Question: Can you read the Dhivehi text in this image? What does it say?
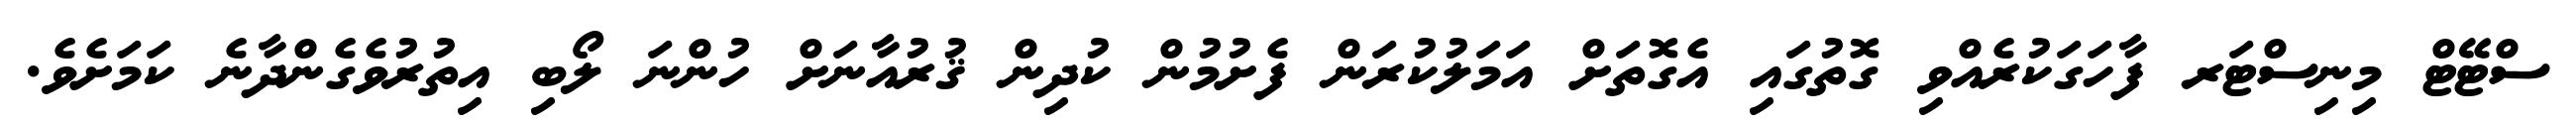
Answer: ސްޓޭޓް މިނިސްޓަރ ފާހަގަކުރެއްވި ގޮތުގައި އެގޮތަށް އަމަލުކުރަން ފެށުމުން ކުދިން ޤުރުއާނަށް ހުންނަ ލޯބި އިތުރުވެގެންދާނެ ކަމަށެވެ.